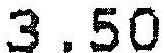
3.50